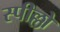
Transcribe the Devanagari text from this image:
स्पील्लो